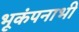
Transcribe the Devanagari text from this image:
भूकंपनाभी